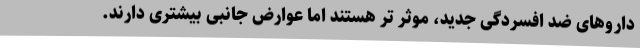
داروهای ضد افسردگی جدید، موثر تر هستند اما عوارض جانبی بیشتری دارند.